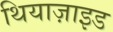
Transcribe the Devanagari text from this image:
थियाज़ाइड